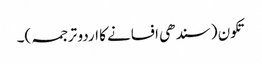
تکون (سندھی افسانے کا اردو ترجمہ)۔